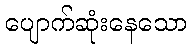
ပျောက်ဆုံးနေသော